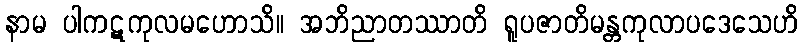
နာမ ပါကဋကုလမဟောသိ။ အဘိညာတဿာတိ ရူပဇာတိမန္တကုလာပဒေသေဟိ